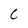
Character: C